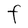
Character: F